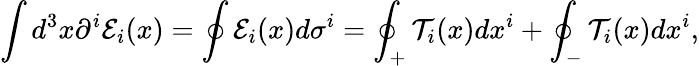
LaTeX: \int d^{3}x\partial^{i}{\cal E}_{i}(x)=\oint{\cal E}_{i}(x)d\sigma^{i}=\oint_{+}{\cal T}_{i}(x)dx^{i}+\oint_{-}{\cal T}_{i}(x)dx^{i},